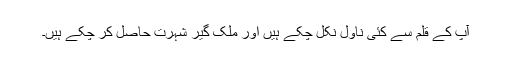
آپ کے قلم سے کئی ناول نکل چکے ہیں اور ملک گیر شہرت حاصل کر چکے ہیں۔